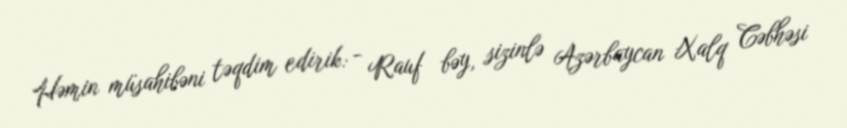
Həmin müsahibəni təqdim edirik: - Rauf bəy, sizinlə Azərbaycan Xalq Cəbhəsi